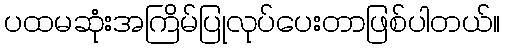
ပထမဆုံးအကြိမ်ပြုလုပ်ပေးတာဖြစ်ပါတယ်။